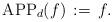
LaTeX: \begin{align*}\mathrm{APP}_d(f) \,:=\, f.\end{align*}